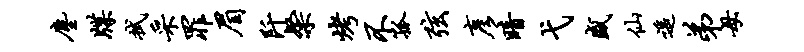
尘牒拭采罪眉阡粲烤不孤弦彦暗弋盛仙遥弟母